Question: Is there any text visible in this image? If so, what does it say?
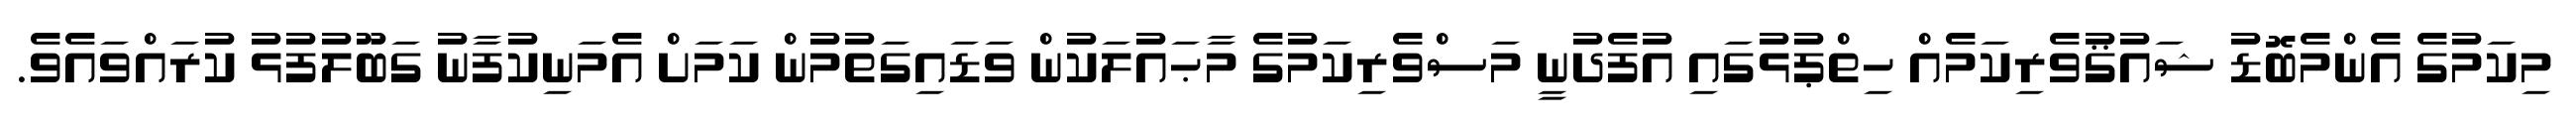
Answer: މިކަމުގެ އެންމެބޮޑު ޝައުޤުވެރިކަމެއް ހިތްޕުޅުގައި އުފެދުނީ މަސްވެރިކަމުގެ މާޙައުލަކުން ވަޑައިގަތުމުން ކަމަށް އެމަނިކުފާނު ގަބޫލުފުޅު ކުރައްވައެވެ.